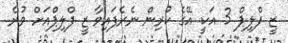
ޒީ ފްލިޕް 3 އަކީ އޭގެ ކުރިން ނެރެފައިވާ ޒީ ފްލިޕްއަށް ވުރެ